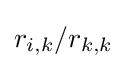
r_{i,k}/r_{k,k}